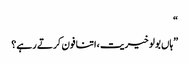
“
”ہاں بولو خیریت ،اتنا فون کرتے رہے؟